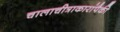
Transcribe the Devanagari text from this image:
चालाचीत्राकारांपैकी